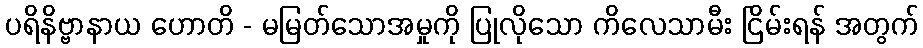
ပရိနိဗ္ဗာနာယ ဟောတိ - မမြတ်သောအမှုကို ပြုလိုသော ကိလေသာမီး ငြိမ်းရန် အတွက်